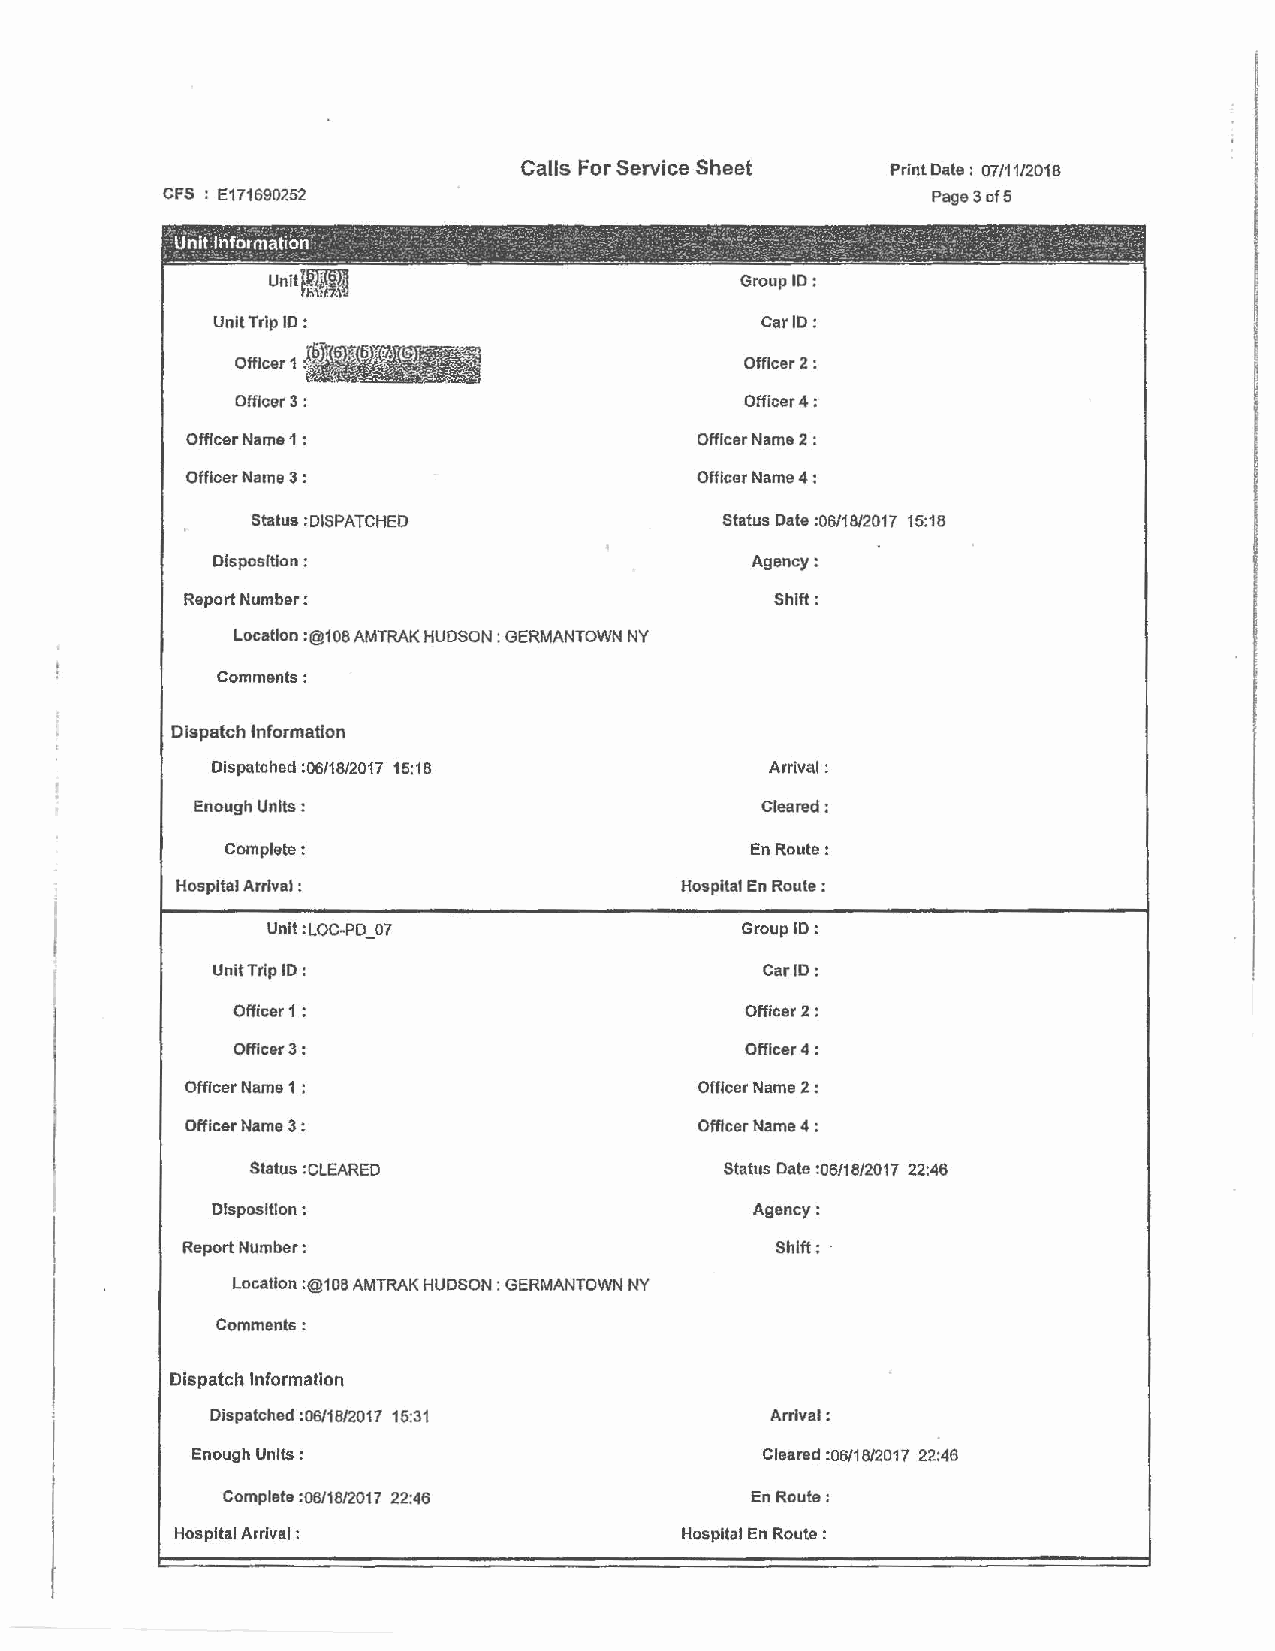
Calls For Service Sheet Print Date : 07/11/2018
 CFS: E1716907.52                                   Page 3 of5
 ', Unit lnf~rmation-        - ~-- ·    ·. - . -  . ·  _: . · , , .
 --------   - ---·· ~-- - -----·---------- ------ -~- -- ·-----·-
 UnitlRFR'U1,m,,7,m;,            Group ID:
 Unit Trip ID :                      Car ID:
 Officer 2:
 Officer 3:                        Officer4:
 Officer Name 1 :                  Officer Name 2 :
 Officer Name 3 :                  Officer Name 4 :
 Status :DISPATCHED             Status Date :06/18/2017 15:18
 Disposition :                      Agency:
 Report Number:                         Shift:
 Location :@108 AMTRAK HUDSON: GERMANTOWN NY
 Comments:
 Dispatch Information
 Dfspatched :06/18/2017 15:18        Arrival:
 Enough Units :                        Cleared:
 Complete:                          En Route:
 Hospital Arrival :                Hospital En Route :
 Unit: LOC-PD_07                 Group ID:
 Unit Trip ID :                      Car ID:
 Officer 1 :                       Officer 2:
 Officer 3:                        Officer 4:
 Officer Name 1 :                  Officer Name 2 :
 Officer Name 3 :                  Officer Name 4 :
 Status : CLEARED               Status Date :06/18/2017 22:46
 Disposition :                      Agency:
 Report Number:                         Shift:
 Location :@108 AMTRAK HUDSON: GERMANTOWN NY
 Comments:
 Dispatch Information
 Dispatched :06/18/2017 15:31          Arrival:
 Enough Units :                        Cleared :06/18/2017 22:46
 Complete :06/18/2017 22:46         En Route:
 Hospital Arrival :                Hospital En Route :